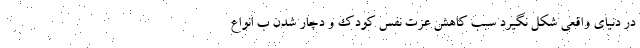
در دنیای واقعی شکل نگیرد سبب کاهش عزت نفس کودک و دچار شدن ب انواع